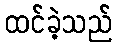
ထင်ခဲ့သည်